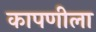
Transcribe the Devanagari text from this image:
कापणीला